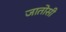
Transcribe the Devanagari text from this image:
जातोसी